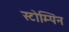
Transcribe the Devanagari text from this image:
स्टोम्पिन